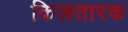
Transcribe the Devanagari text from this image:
किलतारक